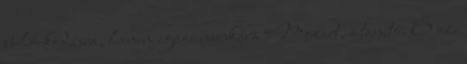
bohóckodásra, hanem igazi munkára Mozart, a tanító. Ő az,